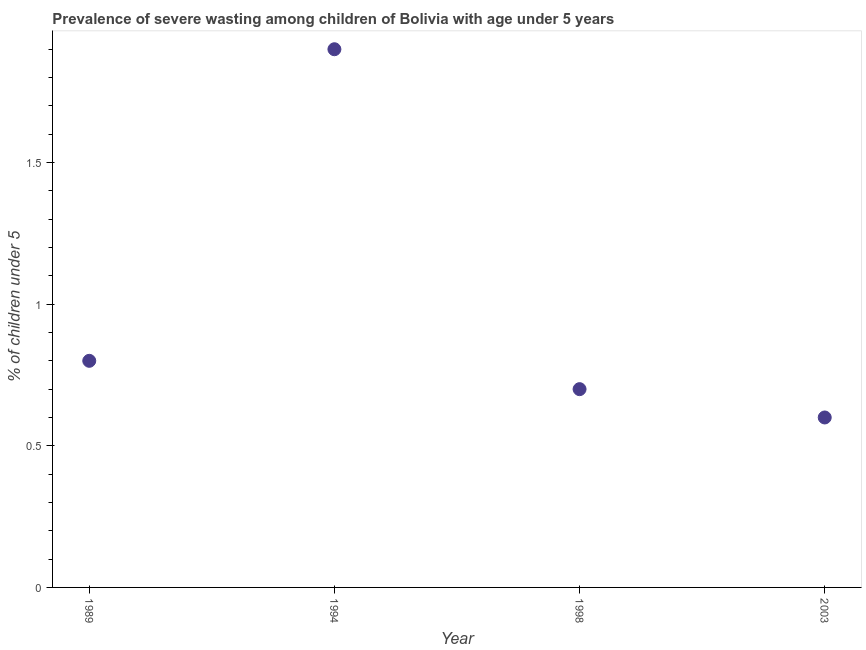
| Year | Prevalence of severe wasting |
 | --- | --- |
 | 1989 | 0.8 |
 | 1994 | 1.9 |
 | 1998 | 0.7 |
 | 2003 | 0.6 |